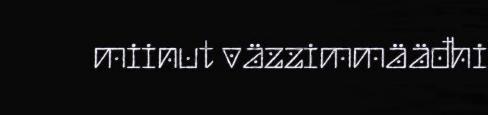
miinut väzzimmääđhi